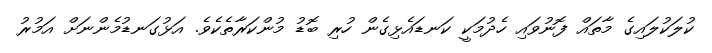
ކުލަކުލައިގެ މާތައް ފޮނުވައި ހެދުމަކީ ކަނޑައެޅިގެން ހުރި ބޮޑު މުންކަރާތެކެވެ. އަޅުގަނޑުމެންނަށް އަމުރު